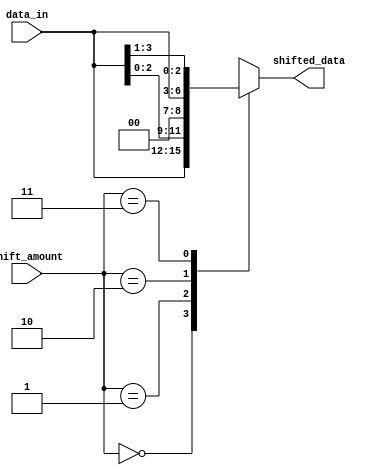
module barrel_shifter(
    input [3:0] data_in, // Input data
    input [1:0] shift_amount, // Amount to shift
    output reg [3:0] shifted_data // Shifted output data
);

    always @* begin
        case(shift_amount)
            2'b00: shifted_data = data_in; // No shift
            2'b01: shifted_data = data_in << 1; // Shift left by 1
            2'b10: shifted_data = data_in >> 1; // Shift right by 1
            2'b11: shifted_data = {data_in[0], data_in[3:1]}; // Rotate left by 1
            default: shifted_data = data_in; // Default case (no shift)
        endcase
    end

endmodule